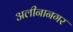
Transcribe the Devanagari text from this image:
अलीनानगर